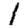
Digit: 1